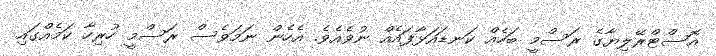
އޮސްޓްރޭލިޔާގެ ރަސްމީ ބަހެއް ކަނޑައަޅާފައެއް ނުވެއެވެ. އެހެން ނަމަވެސް ރަސްމީ ހުރިހާ ކަމެއްގައި